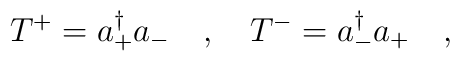
T^+=a_+^\dagger a_-\ \ \ ,\ \ \ T^-=a_-^\dagger a_+\ \ \ ,